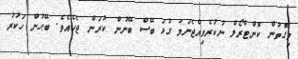
މިގޮތުން ކޮންޓްރޯލް ނުކުރެވިއްޖެނަމަ ގުޅަ ބޭސް ބޭނުން ކުރަން ޖެހެއެވެ. ބޭޙުން ހަކުރު